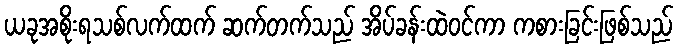
ယခုအစိုးရသစ်လက်ထက် ဆက်တက်သည် အိပ်ခန်းထဲဝင်ကာ ကစားခြင်းဖြစ်သည်